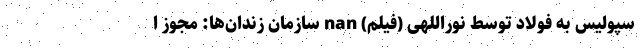
سپولیس به فولاد‌ توسط نوراللهی (فیلم) nan سازمان زندان‌ها: مجوز ا